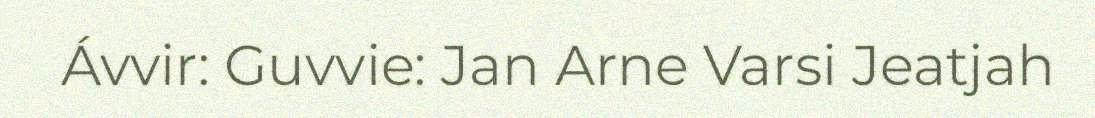
Ávvir: Guvvie: Jan Arne Varsi Jeatjah